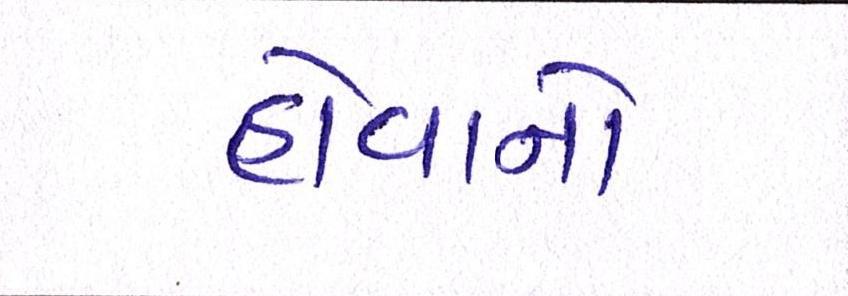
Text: હોવાનો